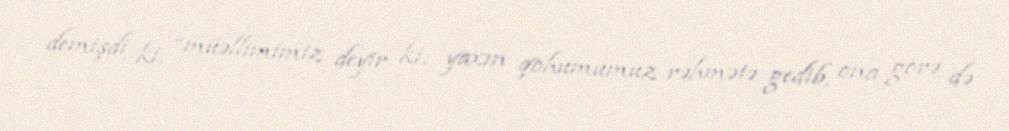
demişdi ki, “müəllimimiz deyir ki, yaxın qohumumuz rəhmətə gedib, ona görə də